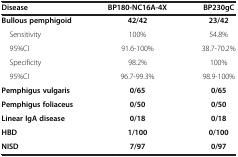
<table><thead><tr><td><b>Disease</b></td><td><b>BP180-NC16A-4X</b></td><td><b>BP230gC</b></td></tr></thead><tbody><tr><td><b>Bullous pemphigoid</b></td><td><b>42/42</b></td><td><b>23/42</b></td></tr><tr><td> Sensitivity</td><td>100%</td><td>54.8%</td></tr><tr><td> 95%CI</td><td>91.6-100%</td><td>38.7-70.2%</td></tr><tr><td> Specificity</td><td>98.2%</td><td>100%</td></tr><tr><td> 95%CI</td><td>96.7-99.3%</td><td>98.9-100%</td></tr><tr><td><b>Pemphigus vulgaris</b></td><td><b>0/65</b></td><td><b>0/65</b></td></tr><tr><td><b>Pemphigus foliaceus</b></td><td><b>0/50</b></td><td><b>0/50</b></td></tr><tr><td><b>Linear IgA disease</b></td><td><b>0/18</b></td><td><b>0/18</b></td></tr><tr><td><b>HBD</b></td><td><b>1/100</b></td><td><b>0/100</b></td></tr><tr><td><b>NISD</b></td><td><b>7/97</b></td><td><b>0/97</b></td></tr></tbody></table>